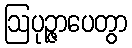
ဩပုဉ္ဇာပေတွာ